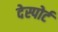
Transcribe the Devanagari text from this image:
देस्पोर्ट